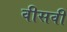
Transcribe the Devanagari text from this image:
वीसवीं